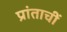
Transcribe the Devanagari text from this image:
प्रांताचीं